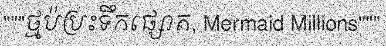
"""ថ្មប៉ប្រះទឹកផ្សោត, Mermaid Millions"""